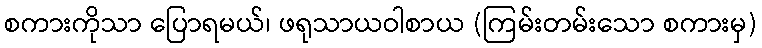
စကားကိုသာ ပြောရမယ်၊ ဖရုသာယဝါစာယ (ကြမ်းတမ်းသော စကားမှ)